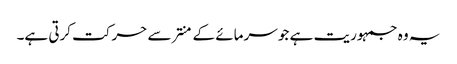
یہ وہ جمہوریت ہے جو سرمائے کے منتر سے حرکت کرتی ہے۔